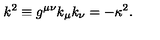
k ^ { 2 } \equiv g ^ { \mu \nu } k _ { \mu } k _ { \nu } = - \kappa ^ { 2 } .